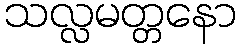
သလ္လမတ္တနော